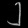
Digit: ၂